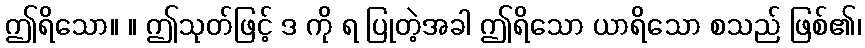
ဤရိသော။ ။ ဤသုတ်ဖြင့် ဒ ကို ရ ပြုတဲ့အခါ ဤရိသော ယာရိသော စသည် ဖြစ်၏၊